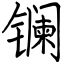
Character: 镧